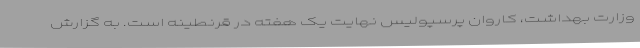
وزارت بهداشت، کاروان پرسپولیس نهایت یک هفته در قرنطینه است. به گزارش